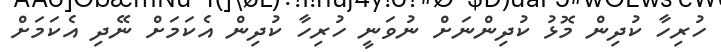
ހުރިހާ ކުދިން މޮޅު ކުދިންނަށް ނުވަނީ ހުރިހާ ކުދިން އެކަމަށް ނޭދި އެކަމަށް